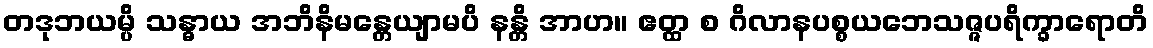
တဒုဘယမ္ပိ သန္ဓာယ အဘိနိမန္တေယျာမပိ နန္တိ အာဟ။ ဧတ္ထ စ ဂိလာနပစ္စယဘေသဇ္ဇပရိက္ခာရောတိ